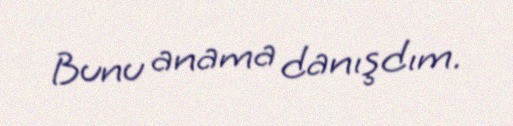
Bunu anama danışdım.